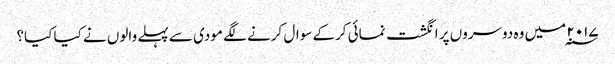
۲۰۱۷ ؁ میں وہ دوسروں پر انگشت نمائی کرکے سوال کرنے لگے مودی سے پہلے والوں نے کیا کیا؟